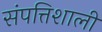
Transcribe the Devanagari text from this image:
संपत्तिशाली